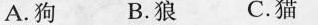
A.狗 B.狼 C.猫